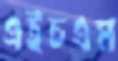
এইচএম